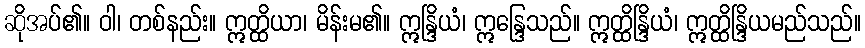
ဆိုအပ်၏။ ဝါ၊ တစ်နည်း။ ဣတ္ထိယာ၊ မိန်းမ၏။ ဣန္ဒြိယံ၊ ဣန္ဒြေသည်။ ဣတ္ထိန္ဒြိယံ၊ ဣတ္ထိန္ဒြိယမည်သည်။